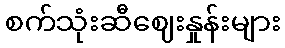
စက်သုံးဆီဈေးနှုန်းများ